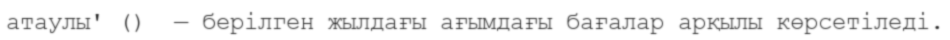
атаулы' ()  — берілген жылдағы ағымдағы бағалар арқылы көрсетіледі.